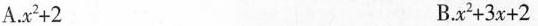
A.$$x ^ { 2 } + 2$$ B.$$x ^ { 2